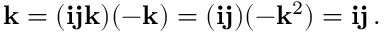
\mathbf { k } = ( \mathbf { i j k } ) ( - \mathbf { k } ) = ( \mathbf { i j } ) ( - \mathbf { k } ^ { 2 } ) = \mathbf { i j } \, .